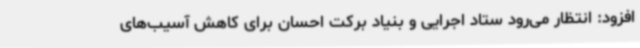
افزود: انتظار می‌رود ستاد اجرایی و بنیاد برکت احسان برای کاهش آسیب‌های